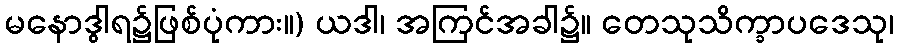
မနောဒွါရ၌ဖြစ်ပုံကား။) ယဒါ၊ အကြင်အခါ၌။ တေသုသိက္ခာပဒေသု၊